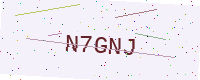
Text: N7GNJ